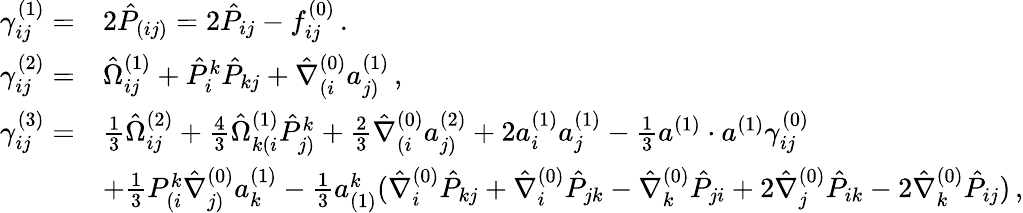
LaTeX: \begin{array}{rl}{\gamma_{ij}^{(1)}=}&{2\hat{P}_{(ij)}=2\hat{P}_{ij}-f_{ij}^{(0)}\, .}\\ {\gamma_{ij}^{(2)}=}&{\hat{\Omega}_{ij}^{(1)}+\hat{P}^{k}_{i}\hat{P}_{kj}+\hat{\nabla}_{(i}^{(0)}a_{j)}^{(1)}\, ,}\\ {\gamma_{ij}^{(3)}=}&{\frac{1}{3}\hat{\Omega}_{ij}^{(2)}+\frac{4}{3}\hat{\Omega}_{k(i}^{(1)}\hat{P}^{k}_{j)}+\frac{2}{3}\hat{\nabla}_{(i}^{(0)}a_{j)}^{(2)}+2a_{i}^{(1)}a_{j}^{(1)}-\frac{1}{3}a^{(1)}\cdot a^{(1)}\gamma_{ij}^{(0)}}\\ &{+\frac{1}{3}P^{k}_{(i}\hat{\nabla}_{j)}^{(0)}a_{k}^{(1)}-\frac{1}{3}a_{(1)}^{k}(\hat{\nabla}_{i}^{(0)}\hat{P}_{kj}+\hat{\nabla}_{i}^{(0)}\hat{P}_{jk}-\hat{\nabla}_{k}^{(0)}\hat{P}_{ji}+2\hat{\nabla}_{j}^{(0)}\hat{P}_{ik}-2\hat{\nabla}_{k}^{(0)}\hat{P}_{ij})\, ,}\end{array}